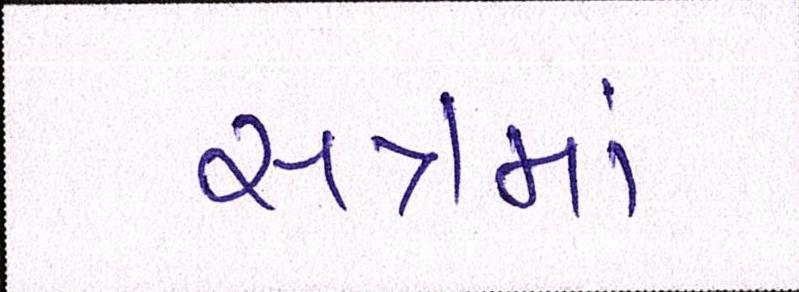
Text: સત્રમાં